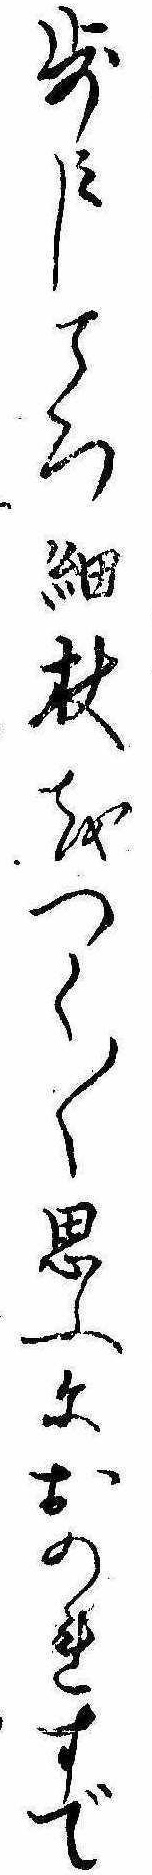
歩みしころ細杖をつく〱思ふにおのれすで